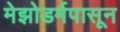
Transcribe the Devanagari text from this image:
मेझोडर्मपासून